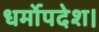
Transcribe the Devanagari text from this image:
धर्मोपदेश।